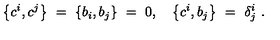
\left\{ c ^ { i } , c ^ { j } \right\} \ = \ \left\{ b _ { i } , b _ { j } \right\} \ = \ 0 , \quad \left\{ c ^ { i } , b _ { j } \right\} \ = \ \delta _ { j } ^ { i } \ .